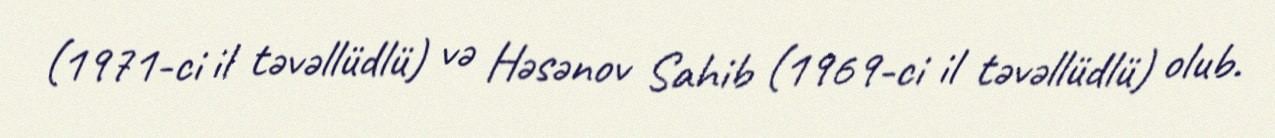
(1971-ci il təvəllüdlü) və Həsənov Sahib (1969-ci il təvəllüdlü) olub.